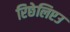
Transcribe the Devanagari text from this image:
रिछेलिएउ